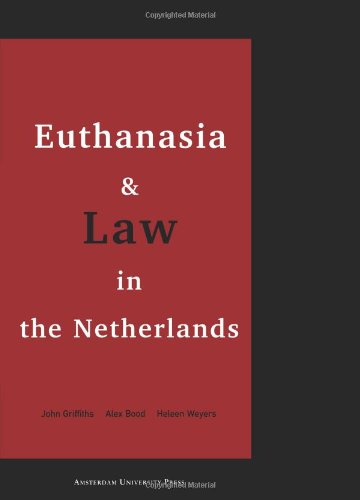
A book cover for Euthanasia and Law in the Netherlands; John Griffiths; Law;